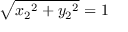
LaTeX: { \sqrt { { x _ { 2 } } ^ { 2 } + { y _ { 2 } } ^ { 2 } } } = 1